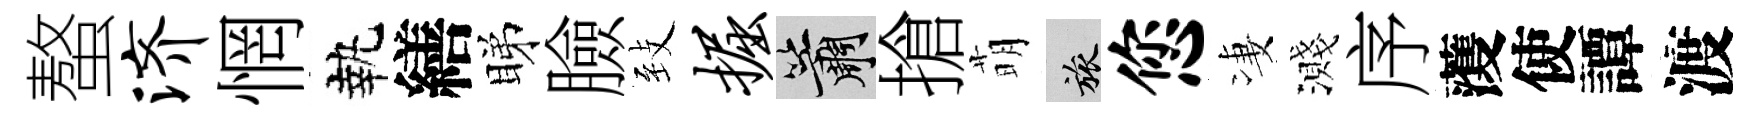
螯济惘執繕睇臉𦤺掘簫搶萌旅您凄濺序𮑮使譚渡